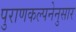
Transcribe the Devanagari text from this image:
पुराणकल्पनेनुसार